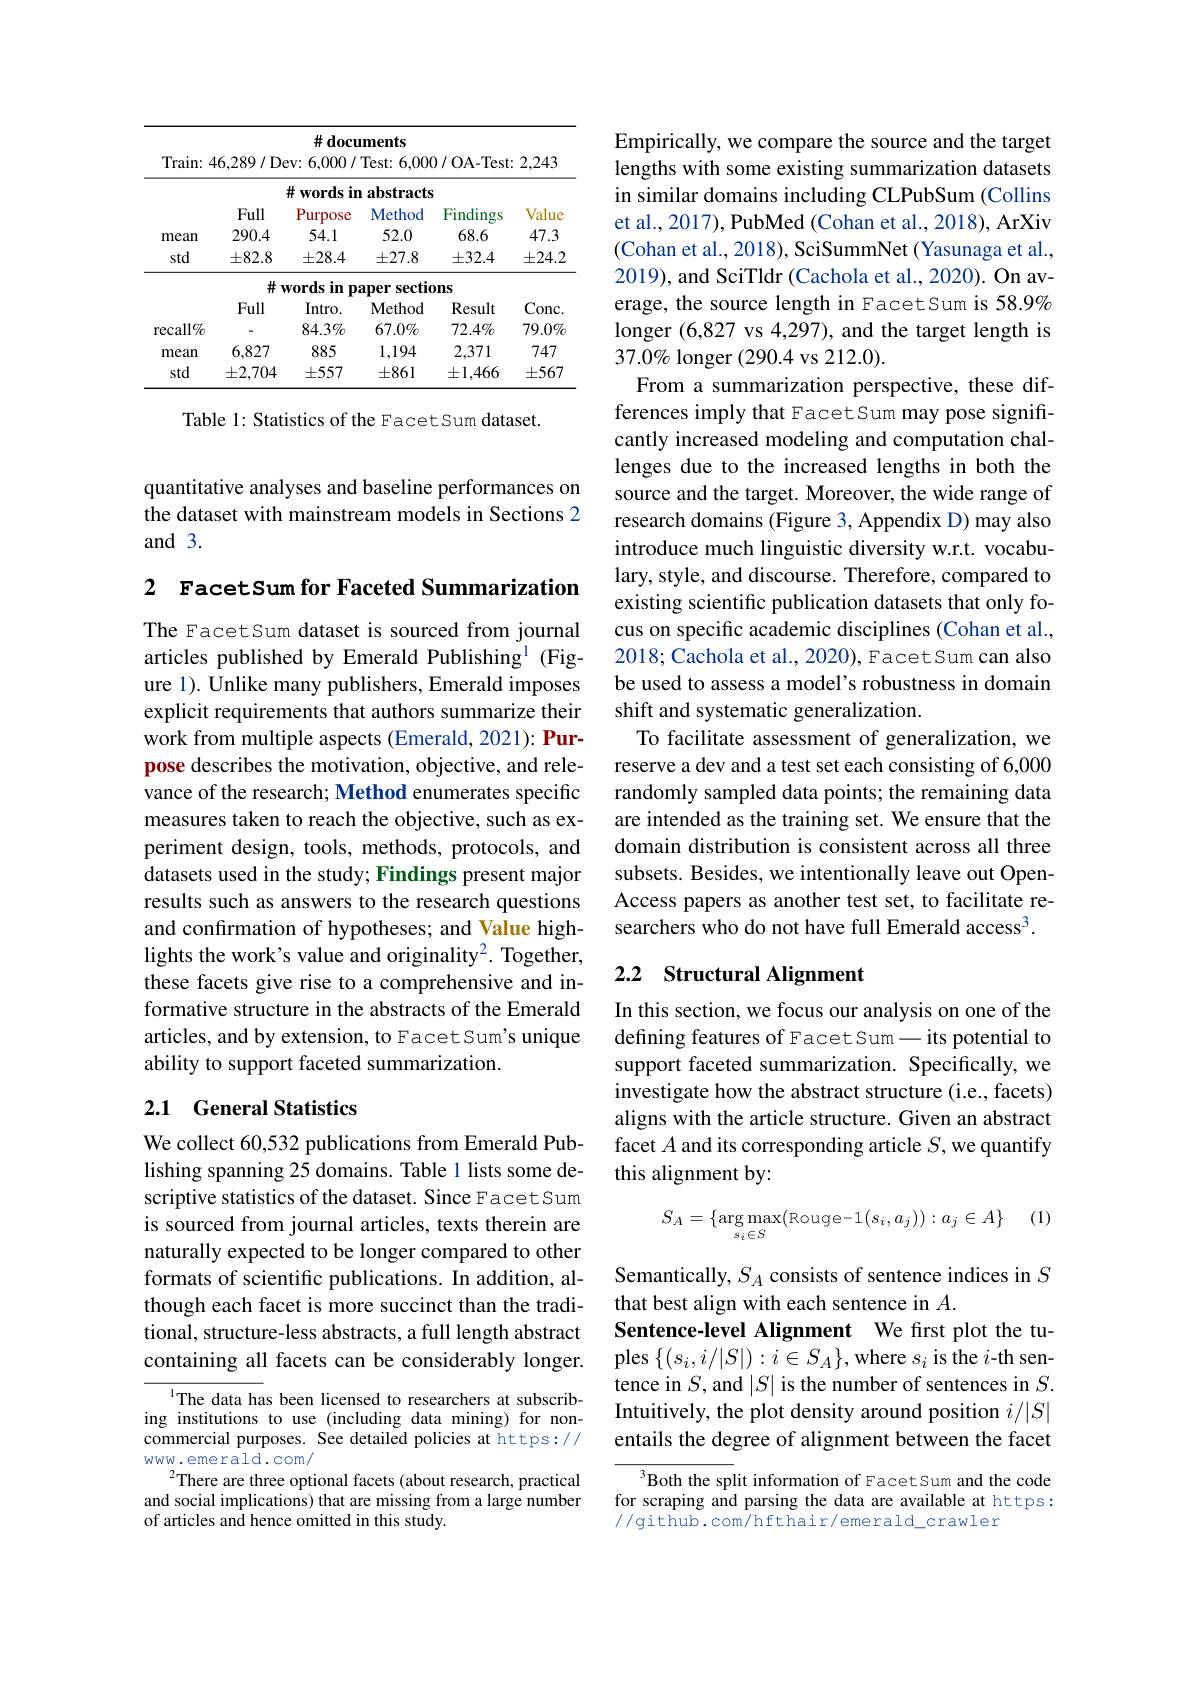
<table>
	<tbody>
		<tr>
			<th>$Train:$</th>
			<th>6,289/De</th>
			<th>$\#$docu ev: 6, 000 / </th>
			<th>$\mathbf{ments}$ Test: ${\mathrm{t:6,000}}$</th>
			<th>)/OA-Test</th>
			<th>2,243</th>
		</tr>
		<tr>
			<th> </th>
			<th> </th>
			<th>井 $\mathbf{words}$ $\textbf{ir}$</th>
			<th>$\mathbf{abstracts}$</th>
			<th> </th>
			<th> </th>
		</tr>
		<tr>
			<th> </th>
			<th>Full</th>
			<th>Purpose</th>
			<th>Method</th>
			<th>Findings</th>
			<th>Value</th>
		</tr>
		<tr>
			<td>mean</td>
			<td>290.4</td>
			<td>54.1</td>
			<td>52.0</td>
			<td>68.6</td>
			<td>47.3</td>
		</tr>
		<tr>
			<td>std</td>
			<td>$\pm82.8$</td>
			<td>$\pm28.4$</td>
			<td>$\pm27.8$</td>
			<td>$\pm32.4$</td>
			<td>$\pm24.2$</td>
		</tr>
		<tr>
			<td> </td>
			<td>$\#v$</td>
			<td>$\mathbf{vordsi}$ $in$ $\mathbf{p}$</td>
			<td>sectio aper</td>
			<td>$ms$</td>
			<td> </td>
		</tr>
		<tr>
			<td> </td>
			<td>Full</td>
			<td>$Intro.$</td>
			<td>Method</td>
			<td>Result</td>
			<td>$Conc.$</td>
		</tr>
		<tr>
			<td>recall$\%$</td>
			<td> </td>
			<td>$84.3\%$</td>
			<td>$67.0\%$</td>
			<td>$72.4\%$</td>
			<td>$79.0\%$</td>
		</tr>
		<tr>
			<td>mean</td>
			<td>6,827</td>
			<td>885</td>
			<td>1,194</td>
			<td>2,371</td>
			<td>747</td>
		</tr>
		<tr>
			<td>std</td>
			<td>$\pm2,704$</td>
			<td>$\pm557$</td>
			<td>$\pm861$</td>
			<td>$\pm1,466$</td>
			<td>$\pm567$</td>
		</tr>
	</tbody>
</table>

Table 1: Statistics of the Facet Sum dataset.

quantitative analyses and baseline performances on the dataset with mainstream models in Sections 2 and 3.

2 FacetSum for Faceted Summarization

The Facet Sum dataset is sourced from journal articles published by Emerald Publishing$^{1}$ (Figure 1). Unlike many publishers, Emerald imposes explicit requirements that authors summarize their work from multiple aspects (Emerald, 2021): Purpose describes the motivation, objective, and relevance of the research; Method enumerates specific measures taken to reach the objective, such as experiment design, tools, methods, protocols, and datasets used in the study; Findings present major results such as answers to the research questions and confirmation of hypotheses; and Value highlights the work's value and originality2. Together, these facets give rise to a comprehensive and informative structure in the abstracts of the Emerald articles, and by extension, to Facet Sum's unique ability to support faceted summarization.

## 2.1 General Statistics

We collect 60,532 publications from Emerald Publishing spanning 25 domains. Table 1 lists some descriptive statistics of the dataset. Since Facet Sum is sourced from journal articles, texts therein are naturally expected to be longer compared to other formats of scientific publications. In addition, although each facet is more succinct than the traditional, structure-less abstracts, a full length abstract containing all facets can be considerably longer.

1The data has been licensed to researchers at subscribing institutions to use (including data mining) for noncommercial purposes. See detailed policies at https:// www.emerald.com/
There are three optional facets (about research, practical and social implications) that are missing from a large number of articles and hence omitted in this study.

Empirically, we compare the source and the target lengths with some existing summarization datasets in similar domains including CLPubSum (Collins et al., 2017), PubMed (Cohan et al., 2018), ArXiv (Cohan et al., 2018), SciSummNet (Yasunaga et al., 2019), and SciTldr (Cachola et al., 2020). On average, the source length in FacetSum is 58.9% longer (6,827 vs 4,297), and the target length is $37.0\%$ longer (290.4 vs 212.0).
From a summarization perspective, these differences imply that FacetSum may pose significantly increased modeling and computation challenges due to the increased lengths in both the source and the target. Moreover, the wide range of research domains (Figure 3, Appendix D) may also introduce much linguistic diversity w.r.t. vocabulary, style, and discourse. Therefore, compared to existing scientific publication datasets that only focus on specific academic disciplines (Cohan et al., 2018; Cachola et al., 2020), Facet Sum can also be used to assess a model's robustness in domain shift and systematic generalization.
To facilitate assessment of generalization, we reserve a dev and a test set each consisting of 6,000 randomly sampled data points; the remaining data are intended as the training set. We ensure that the domain distribution is consistent across all three subsets. Besides, we intentionally leave out OpenAccess papers as another test set, to facilitate researchers who do not have full Emerald access$^3.$

### 2.2 Structural Alignment

In this section, we focus our analysis on one of the defining features of Facet Sum - its potential to support faceted summarization. Specifically, we investigate how the abstract structure (i.e., facets) aligns with the article structure. Given an abstract facet $A$ and its corresponding article $S$,we quantify this alignment by:

(1)
$$S_A=\{\arg\max_{s_i\in S}(\text{Rouge}-1(s_i,a_j)):a_j\in A\}$$
Semantically, $S_A$ consists of sentence indices in $S$
that best align with each sentence in $A.$
Sentence-level Alignment We first plot the tuples$\left\{(s_i,i/|S|):i\in S_A\right\}$,where $s_i$ is the $i$-th sentence in $S$,and $|S|$ is the number of sentences in $S.$ Intuitively, the plot density around position $i/|S|$ entails the degree of alignment between the facet

Both the split information of FacetSum and the code for scraping and parsing the data are available at https: //github.com/hfthair/emerald\_crawler